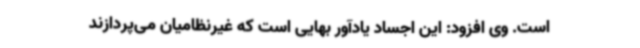
است. وی افزود: این اجساد یادآور بهایی است که غیرنظامیان می‌پردازند